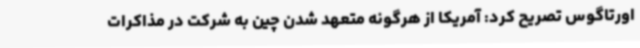
اورتاگوس تصریح کرد: آمریکا از هرگونه متعهد شدن چین به شرکت در مذاکرات